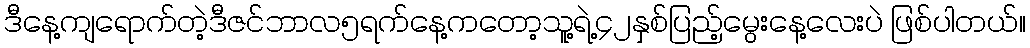
ဒီနေ့ကျရောက်တဲ့ဒီဇင်ဘာလ၅ရက်နေ့ကတော့သူ့ရဲ့၄၂နှစ်ပြည့်မွေးနေ့လေးပဲ ဖြစ်ပါတယ်။